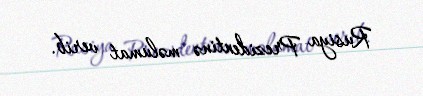
Rusiya Prezidentinə məlumat verib.